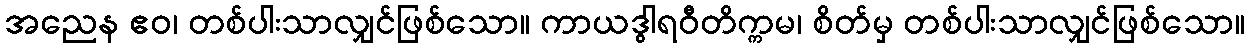
အညေန ဧဝ၊ တစ်ပါးသာလျှင်ဖြစ်သော။ ကာယဒွါရဝီတိက္ကမ၊ စိတ်မှ တစ်ပါးသာလျှင်ဖြစ်သော။